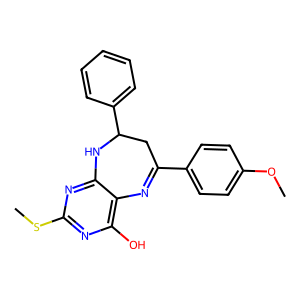
SMILES: COc1ccc(C2=Nc3c(O)nc(SC)nc3NC(c3ccccc3)C2)cc1
Inhibits HIV replication: No